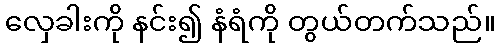
လှေခါးကို နင်း၍ နံရံကို တွယ်တက်သည်။